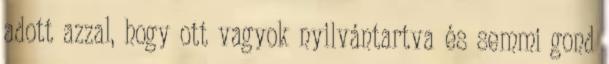
adott azzal, hogy ott vagyok nyilvántartva és semmi gond